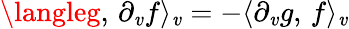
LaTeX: \langleg,\, \partial_{\mathit{v}}f\rangle_{\mathit{v}}=-\langle\partial_{\mathit{v}}g,\, f\rangle_{\mathit{v}}